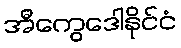
အီကွေဒေါနိုင်ငံ